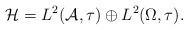
LaTeX: \begin{gather*}{\mathcal H}=L^2({\mathcal A}, \tau) \oplus L^2(\Omega, \tau).\end{gather*}